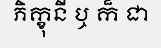
ភិក្ខុនី ឬ ក៏ ជា